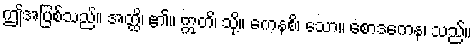
ဤအပြစ်သည်။ အတ္ထိ၊ ၏။ ဣတိ၊ သို့။ ကေနစိ၊ သော။ စောဒကေန၊ သည်။